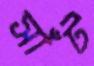
সাঁট